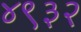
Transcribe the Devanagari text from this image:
४९३२